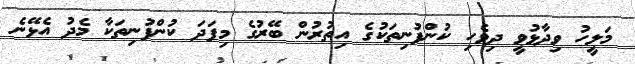
މަލީހު ވިދާޅުވީ ދިވެހި ކުންފުނިތަކުގެ އިތުރުން ބޭރުގެ މިފަދަ ކުންފުނިތަކާ މެދު އެޅޭނެ